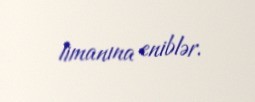
limanına eniblər.